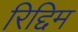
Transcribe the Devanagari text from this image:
रिद्दिम